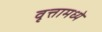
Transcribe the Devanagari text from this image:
वृत्तामध्ये